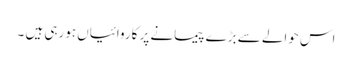
اس حوالے سے بڑے پیمانے پر کاروائیاں ہورہی ہیں ۔